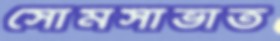
সোমসাভাত